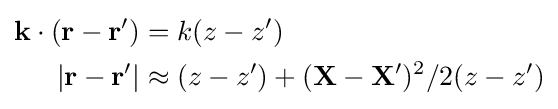
{\begin{aligned}{\mathbf {k} }\cdot ({\mathbf {r-r'} })&=k(z-z')\\|{\mathbf {r-r'} }|&\approx (z-z')+({\mathbf {X-X'} })^{2}/{2(z-z')}\end{aligned}}